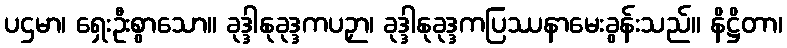
ပဌမာ၊ ရှေးဦးစွာသော။ ခုဒ္ဒါနုခုဒ္ဒကပဉှာ၊ ခုဒ္ဒါနုခုဒ္ဒကပြဿနာမေးခွန်းသည်။ နိဋ္ဌိတာ၊